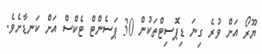
ޔޫރޯ އަށް ވުރެ ގިނަ ޑިޕޮސިޓްތަކުން 30 ޕަސެންޓް ޓެކްސް އަށް ކަނޑާށެވެ.